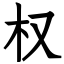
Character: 权